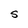
Character: S